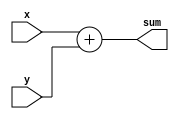
module Adder(x,y,sum);

output [15:0] sum;
input [15:0]x,y;
reg [15:0]SUM;

always@(x,y)
begin 
	SUM = x+y;
end

assign sum= SUM;
endmodule